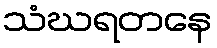
သံဃရတနေ